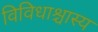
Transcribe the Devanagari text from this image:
विविधाश्चास्य